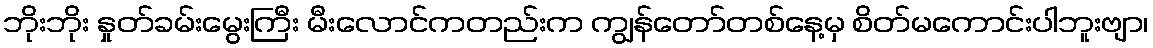
ဘိုးဘိုး နှုတ်ခမ်းမွေးကြီး မီးလောင်ကတည်းက ကျွန်တော်တစ်နေ့မှ စိတ်မကောင်းပါဘူးဗျာ၊